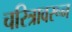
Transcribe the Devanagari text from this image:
चरित्रावरून